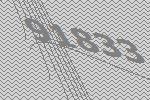
91833